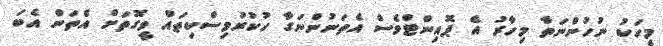
މީހަކު ނުހުންނަތާ މިހާރު އެ ޕޮއިންޓްވެސް އެތަނުންނަގާ ހުކުރުމިސްކިތައް ވީގޮތަށް އެތަން އެބަ